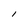
Character: l